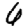
Digit: 6